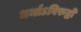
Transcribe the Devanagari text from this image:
धर्माऽविरुद्धो